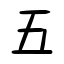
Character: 五